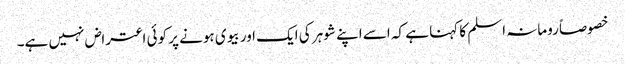
خصوصاً رومانہ اسلم کا کہنا ہے کہ اسے اپنے شوہر کی ایک اور بیوی ہونے پر کوئی اعتراض نہیں ہے۔